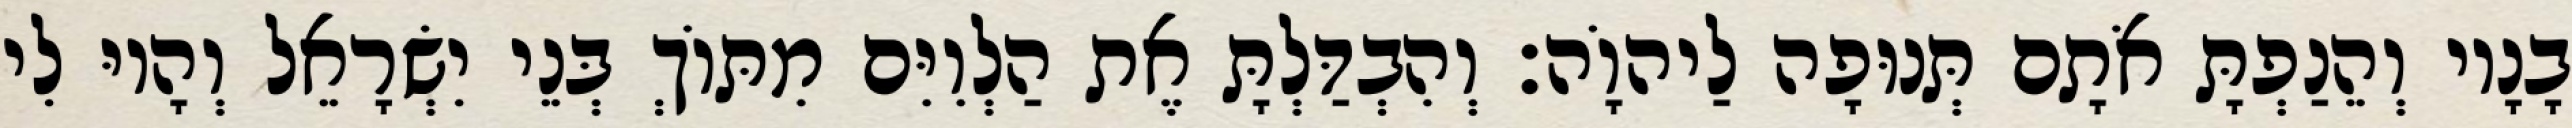
בָנָיו וְהֵנַפְתָּ אֹתָם תְּנוּפָה לַיהוָֹה׃ וְהִבְדַּלְתָּ אֶת הַלְוִיִּם מִתּוֹךְ בְּנֵי יִשְׂרָאֵל וְהָיוּ לִי